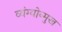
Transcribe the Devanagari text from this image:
व्यंग्योन्मुख